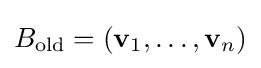
B_{\text{old}}=(\mathbf {v} _{1},\ldots ,\mathbf {v} _{n})